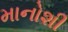
માનોશી